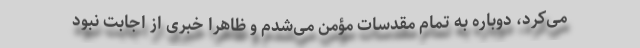
می‌کرد، دوباره به تمام مقدسات مؤمن می‌شدم و ظاهراً خبری از اجابت نبود